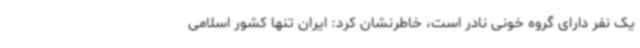
یک نفر دارای گروه خونی نادر است، خاطرنشان کرد: ایران تنها کشور اسلامی